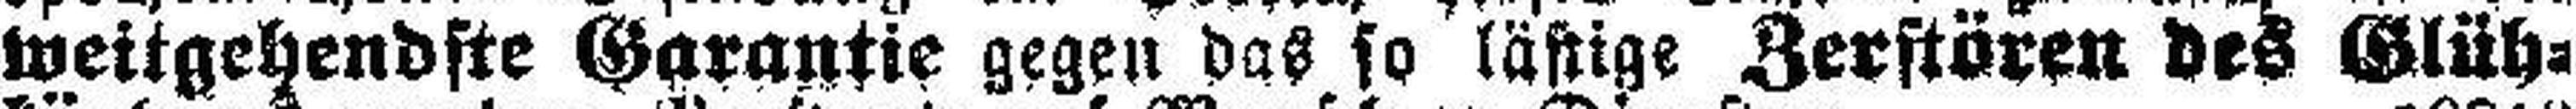
weitgehendste Garantie gegen das so lästige Zerstören des Glüh¬